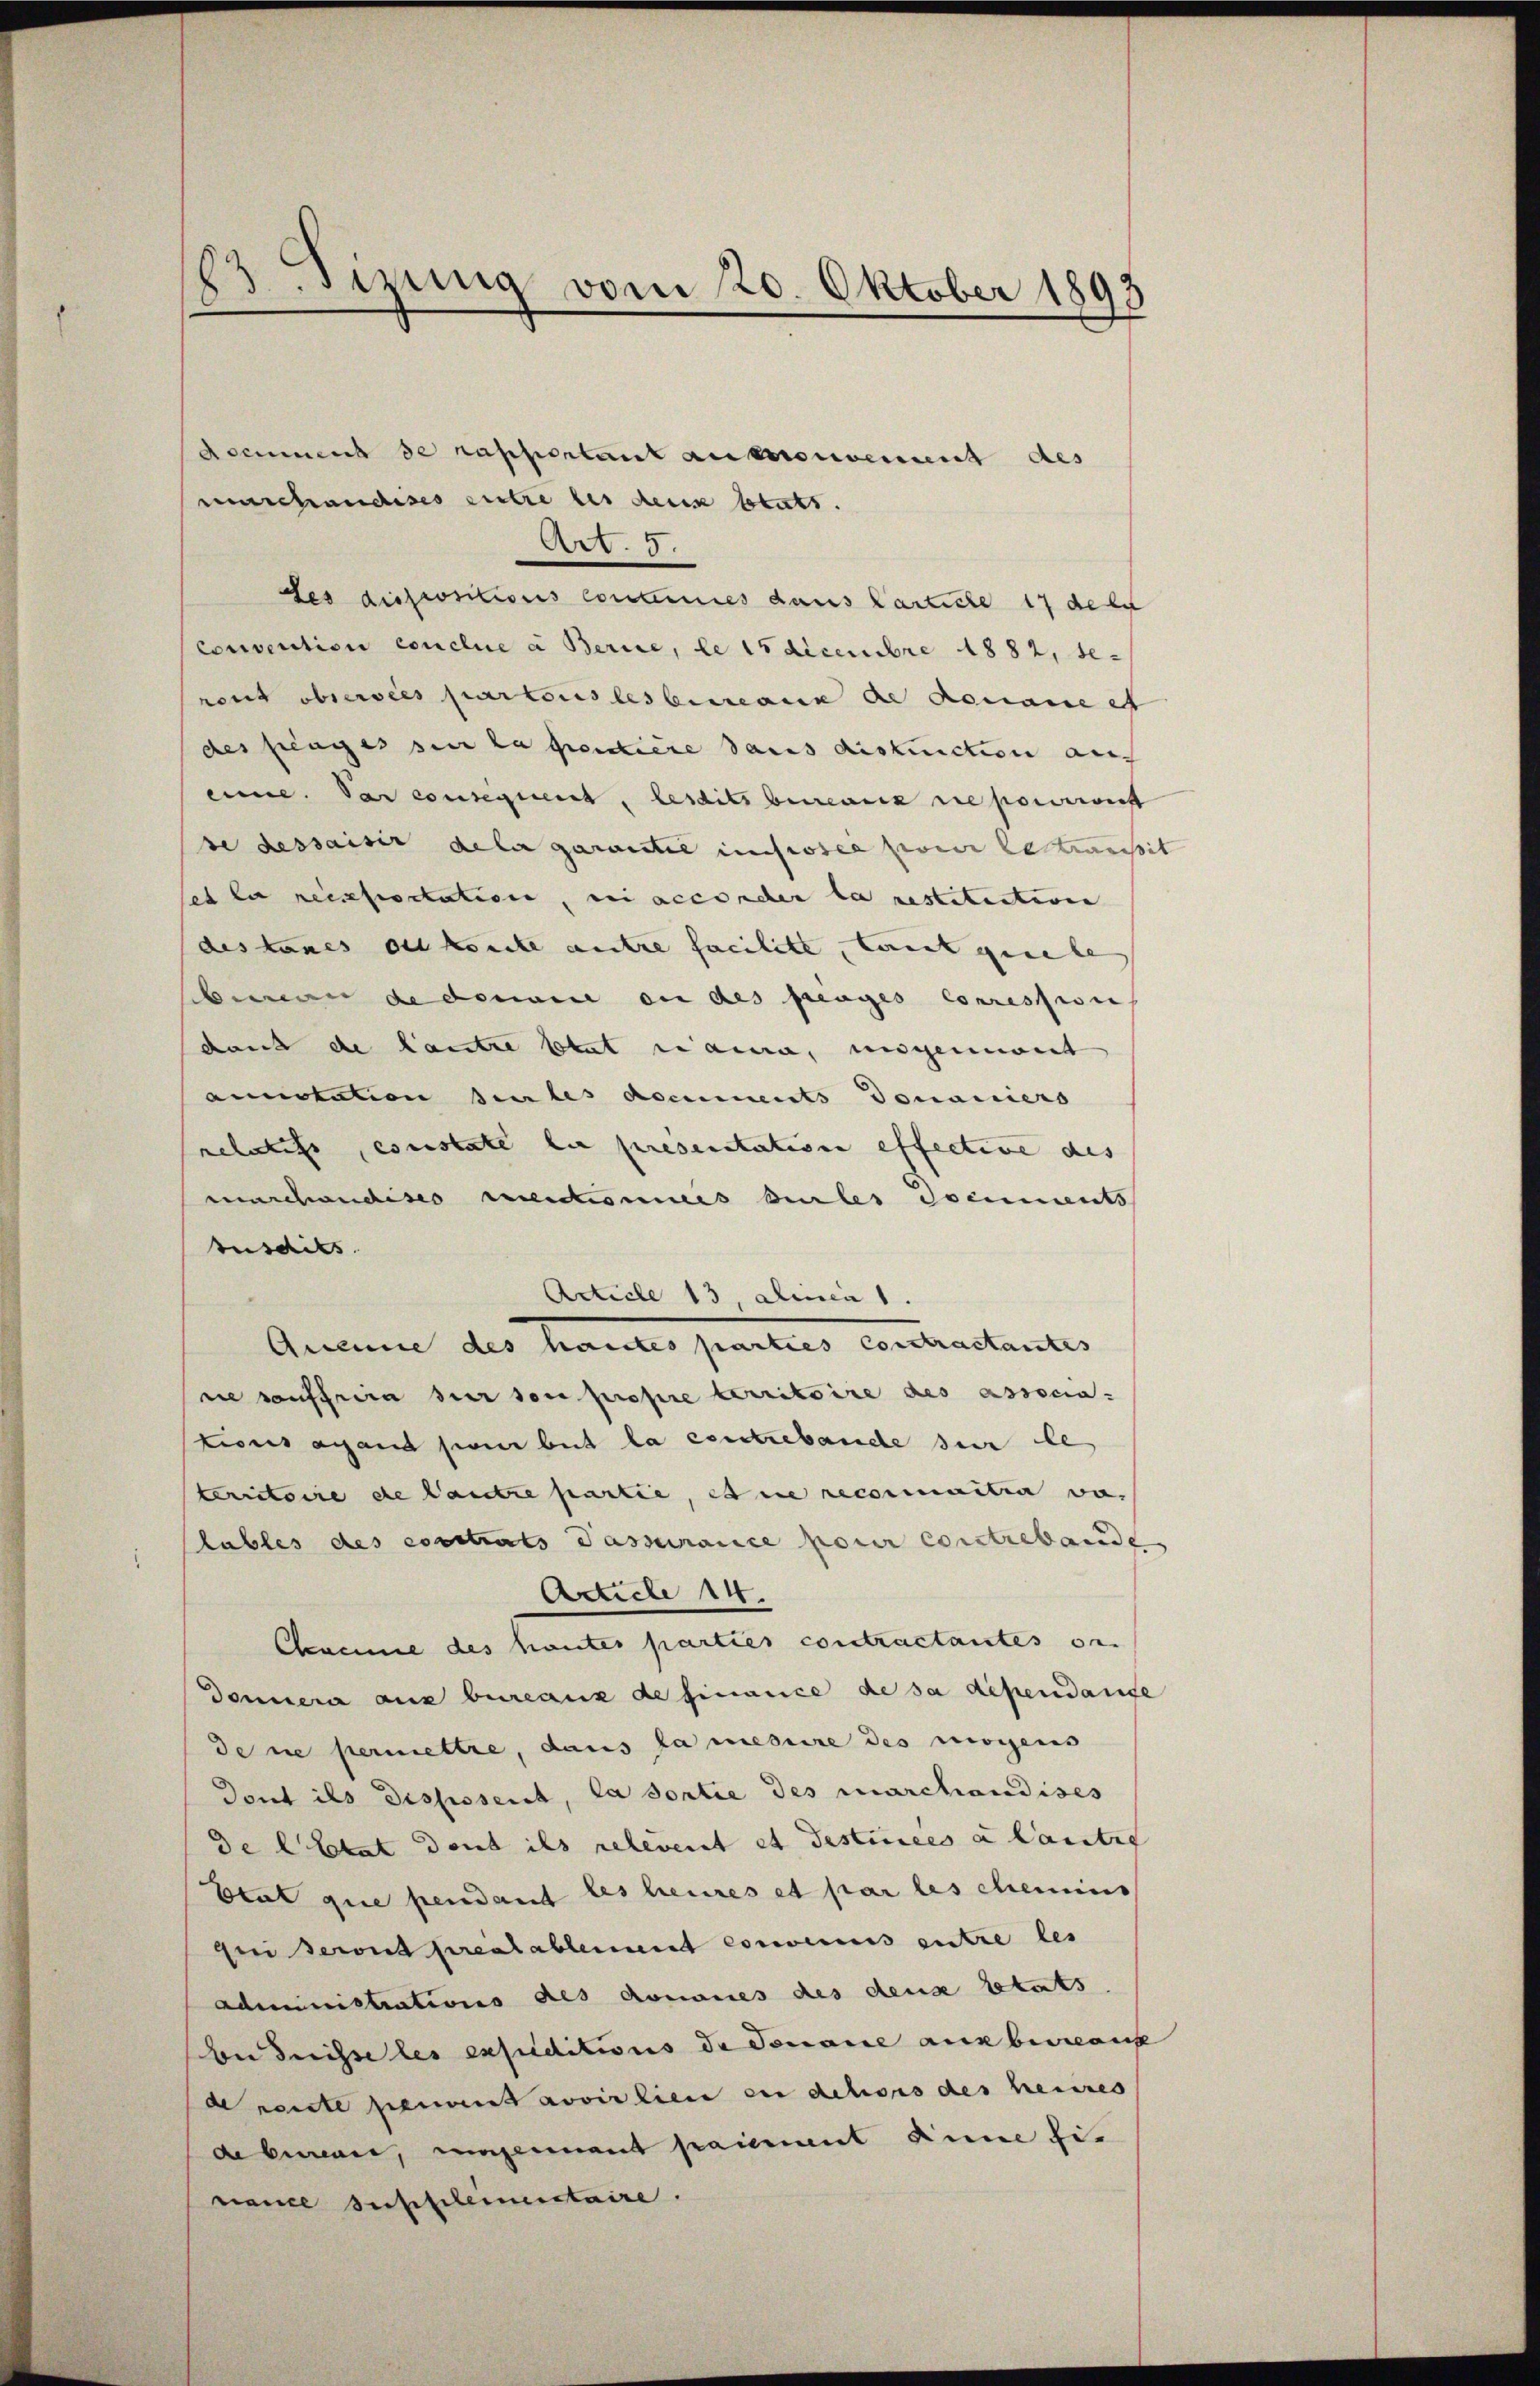
83 Sizung vom 20. Oktober 1893

document de rapportant aussionement des
marchandises zutre les deux btats
Art. 5.
des dispositions Contermes dans Carliche 17 dele
Convention conclue à Berice, le 15 Decembre 1882, be-
rout observées partonistes bemann de donaue et
des frages sie la pendiere dans diskuiction aus
eine. Das consequent, lesdits bewerk ne pousserst
de dessaisir dela garantie insessel zwei le meist
et la reissertation, ni acconder la restitution
des taues der konnte antre facilite, kannt gesele
bian de donaue an des frages Corression
dank de laute stat name, ungenimmt
annotation seules documents donaniers
relatifs, constate die presentation effective des
marcandises verdonnes verles documents
susdits.
Article 13, Alinea 1.
Aucune des Senates Ganelles contractantes |
ne souffrira sur son propre territoire des associa-
tions aband son beit la contrebandle sur le
territoire de lautre partie, et die reconnaitia vo
lables des constrats Passurance pour constrebande
Article 14.
Chaenne des hautes parties contractantes on
Donnera aus bureauz de finance de sa dépendante
de ne permettre, dans la mesure des mögens
Dont ils disposerit, la sortie des marchandises
de letzt dont ils relevent et destinées a lantis
Etat que pendant les heures et par les chemins
ei seront préalablement convenus entre les
administrations des donaues des dense stats
n dreisse les exsuditions de donance aus berauf
de rente peuvent avoir lien in dehors des heises
de beren, ungennant paiement die finance supplementaire.